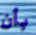
بأن